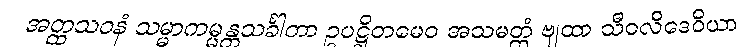
အတ္ထသဝနံ သမ္မာကမ္မန္တသင်္ခါတာ ဥပဋ္ဌိတမေဝ အသမတ္ထံ ဗျထာ သီဝလိဒေဝိယာ